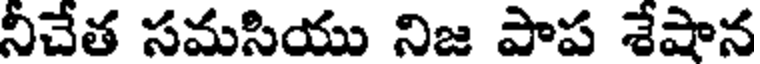
నీచేత సమసియు నిజ పాప శేషాన